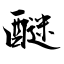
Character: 醚